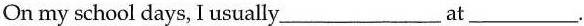
On my school days, I usually___at___.